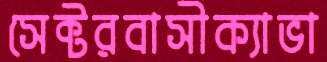
সেক্টরবাসীক্যাভা